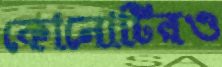
কোনোটিরও